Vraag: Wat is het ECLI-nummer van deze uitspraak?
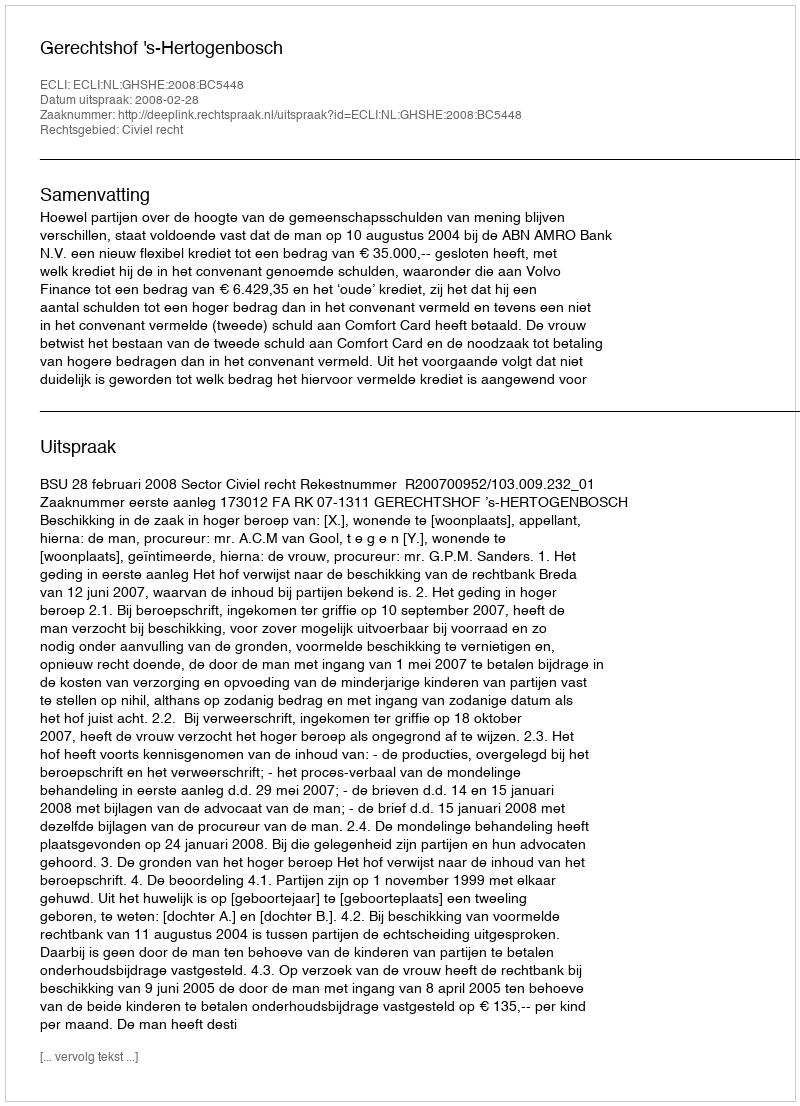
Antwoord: ECLI:NL:GHSHE:2008:BC5448